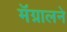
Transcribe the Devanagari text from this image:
मॅग्नालने